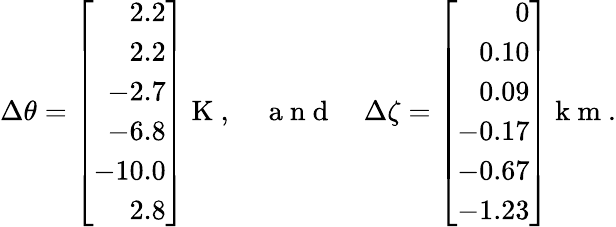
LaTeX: {\Delta\theta}=\left[\begin{array}{r}{2.2}\\ {2.2}\\ {-2.7}\\ {-6.8}\\ {-10.0}\\ {2.8}\end{array}\right]\mathrm{~K~},\quad\mathrm{~a~n~d~}\quad{\Delta\zeta}=\left[\begin{array}{r}{0}\\ {0.10}\\ {0.09}\\ {-0.17}\\ {-0.67}\\ {-1.23}\end{array}\right]\mathrm{~k~m~}.